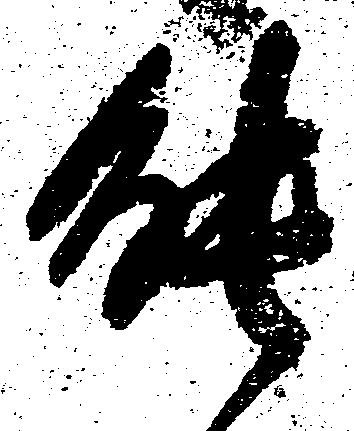
能